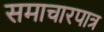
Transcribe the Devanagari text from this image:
समाचारपात्र